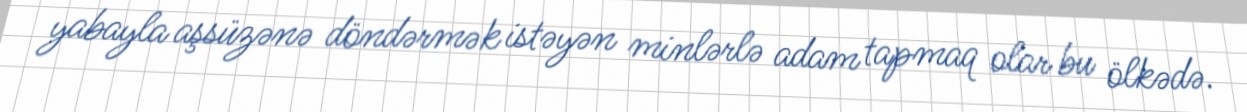
yabayla aşsüzənə döndərmək istəyən minlərlə adam tapmaq olar bu ölkədə.